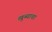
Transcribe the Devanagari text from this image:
खुब्याचा